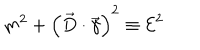
LaTeX: m ^ { 2 } + \left( \vec { D } \cdot \vec { \gamma } \right) ^ { 2 } \equiv { \cal E } ^ { 2 }